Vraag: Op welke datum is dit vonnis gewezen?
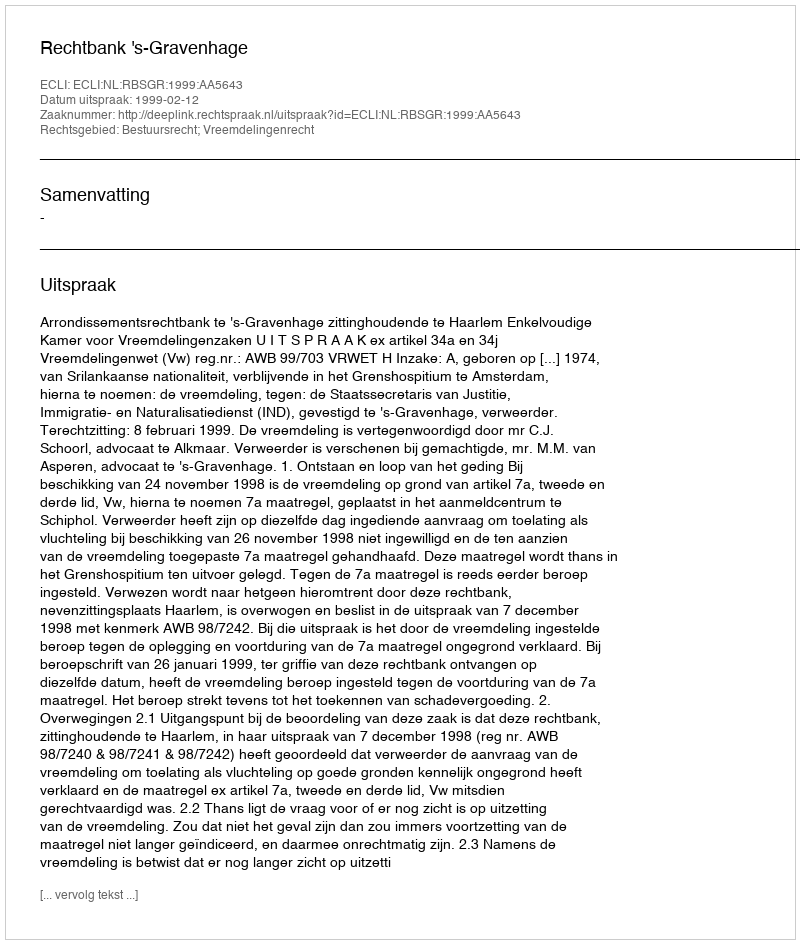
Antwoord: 1999-02-12